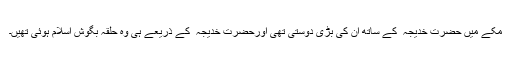
مکے میں حضرت خدیجہ ؓ کے ساتھ ان کی بڑی دوستی تھی اورحضرت خدیجہ ؓ کے ذریعے ہی وہ حلقہ بگوش اسلام ہوئی تھیں۔